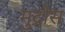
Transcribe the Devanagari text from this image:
मुद्रोस